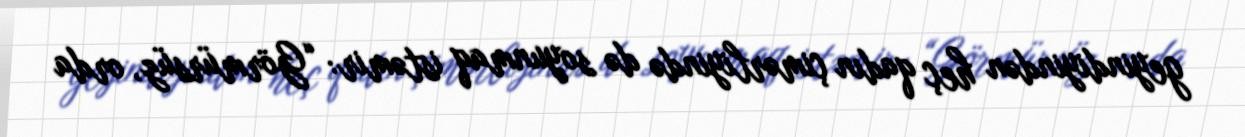
geyindiyindən heç qadın çimərliyində də soyunmaq istəmir: “Görmürsüz, orda